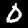
Label: 0